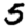
Digit: 5